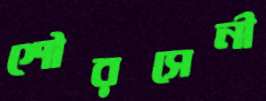
শৌরসেনী